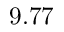
9 . 7 7